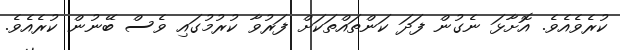
ކުރެވެއެވެ. އޮށާޅަ ނެގުން ފަދަ ކަންތައްތަކަށް ފަރުވާ ކުރުމުގައި ވެސް ބޭނުން ކުރެއެވެ.